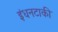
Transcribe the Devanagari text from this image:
इंधनटाकी